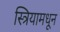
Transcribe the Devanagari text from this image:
स्त्रियामधून